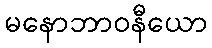
မနောဘာဝနီယော